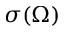
\sigma ( \Omega )